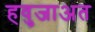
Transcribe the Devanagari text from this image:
हवुजाअत